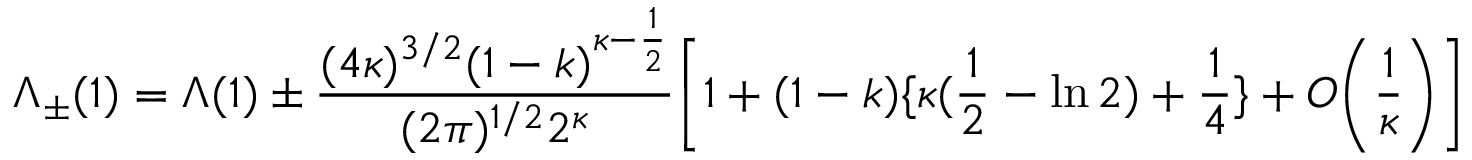
\Lambda _ { \pm } ( 1 ) = \Lambda ( 1 ) \pm \frac { ( 4 \kappa ) ^ { 3 / 2 } ( 1 - k ) ^ { \kappa - \frac { 1 } { 2 } } } { ( 2 \pi ) ^ { 1 / 2 } 2 ^ { \kappa } } \bigg [ 1 + ( 1 - k ) \{ \kappa ( \frac { 1 } { 2 } - \ln 2 ) + \frac { 1 } { 4 } \} + O \bigg ( \frac { 1 } { \kappa } \bigg ) \bigg ]